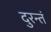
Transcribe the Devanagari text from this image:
दुरन्तं